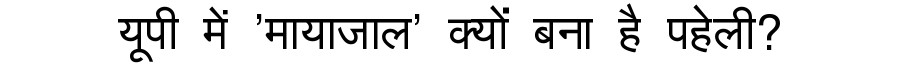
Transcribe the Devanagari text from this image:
यूपी में 'मायाजाल' क्यों बना है पहेली?